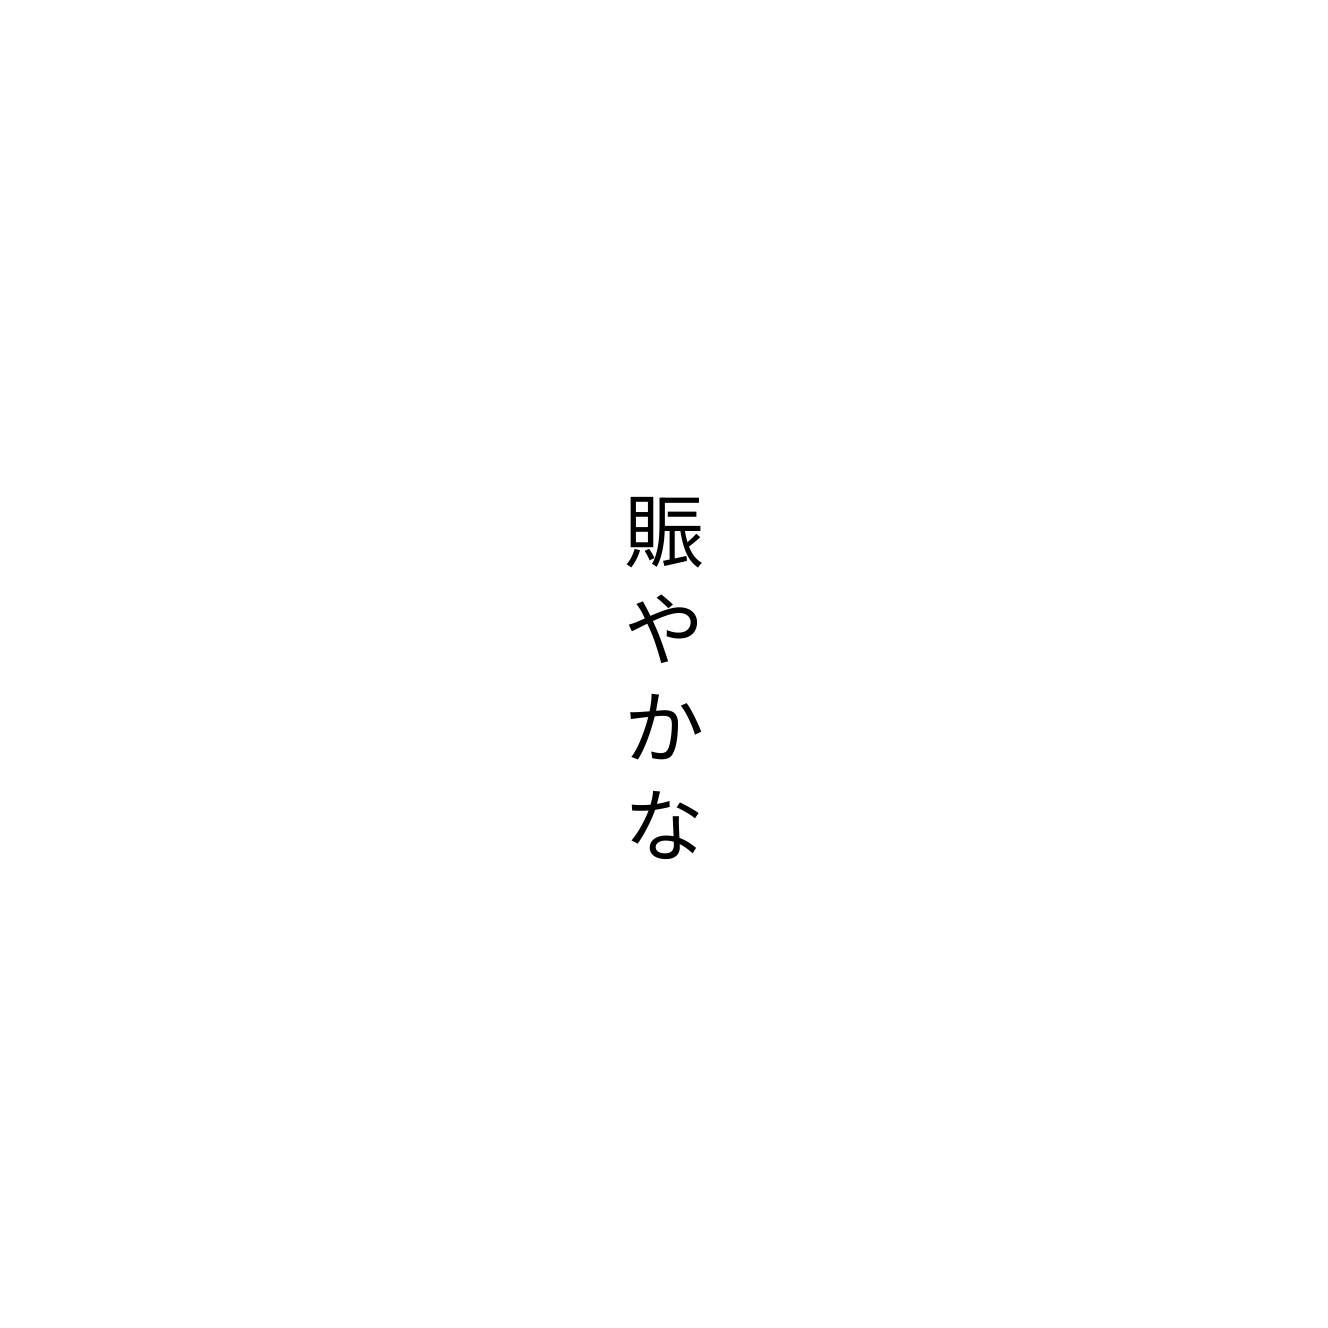
賑やかな